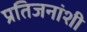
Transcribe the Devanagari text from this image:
प्रतिजनांशी